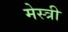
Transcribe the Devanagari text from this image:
मेस्‍त्री